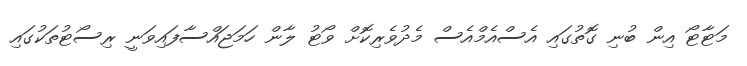
މަޓާޓޯ އިން ބުނި ގޮތުގައި އެސްއެމްއެސް މެދުވެރިކޮށް ވޯޓު ލާން ހަމަޖައްސާފައިވަނީ ރިސޯޓުތަކުގައި